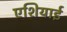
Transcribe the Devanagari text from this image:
एशियाई